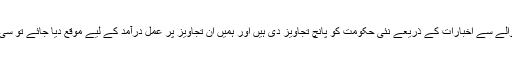
غیاث پراچہ کے بقول ’انہوں نے گیس کے بحران اور سی این جی سیکٹر کے حوالے سے اخبارات کے ذریعے نئی حکومت کو پانچ تجاویز دی ہیں اور ہمیں ان تجاویز پر عمل درآمد کے لیے موقع دیا جائے تو سی این جی سیکٹر گیس کی فراہمی کے مسائل کافی حد تک خود ہی حل کر لے گا‘۔